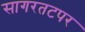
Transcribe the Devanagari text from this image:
सागरतटपर